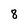
Character: 8